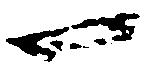
一